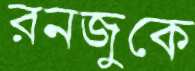
রনজুকে